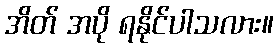
အိတ် အပို ရနိုင်ပါသလား။